Leningradi_Edasi_toimetus, lk 119
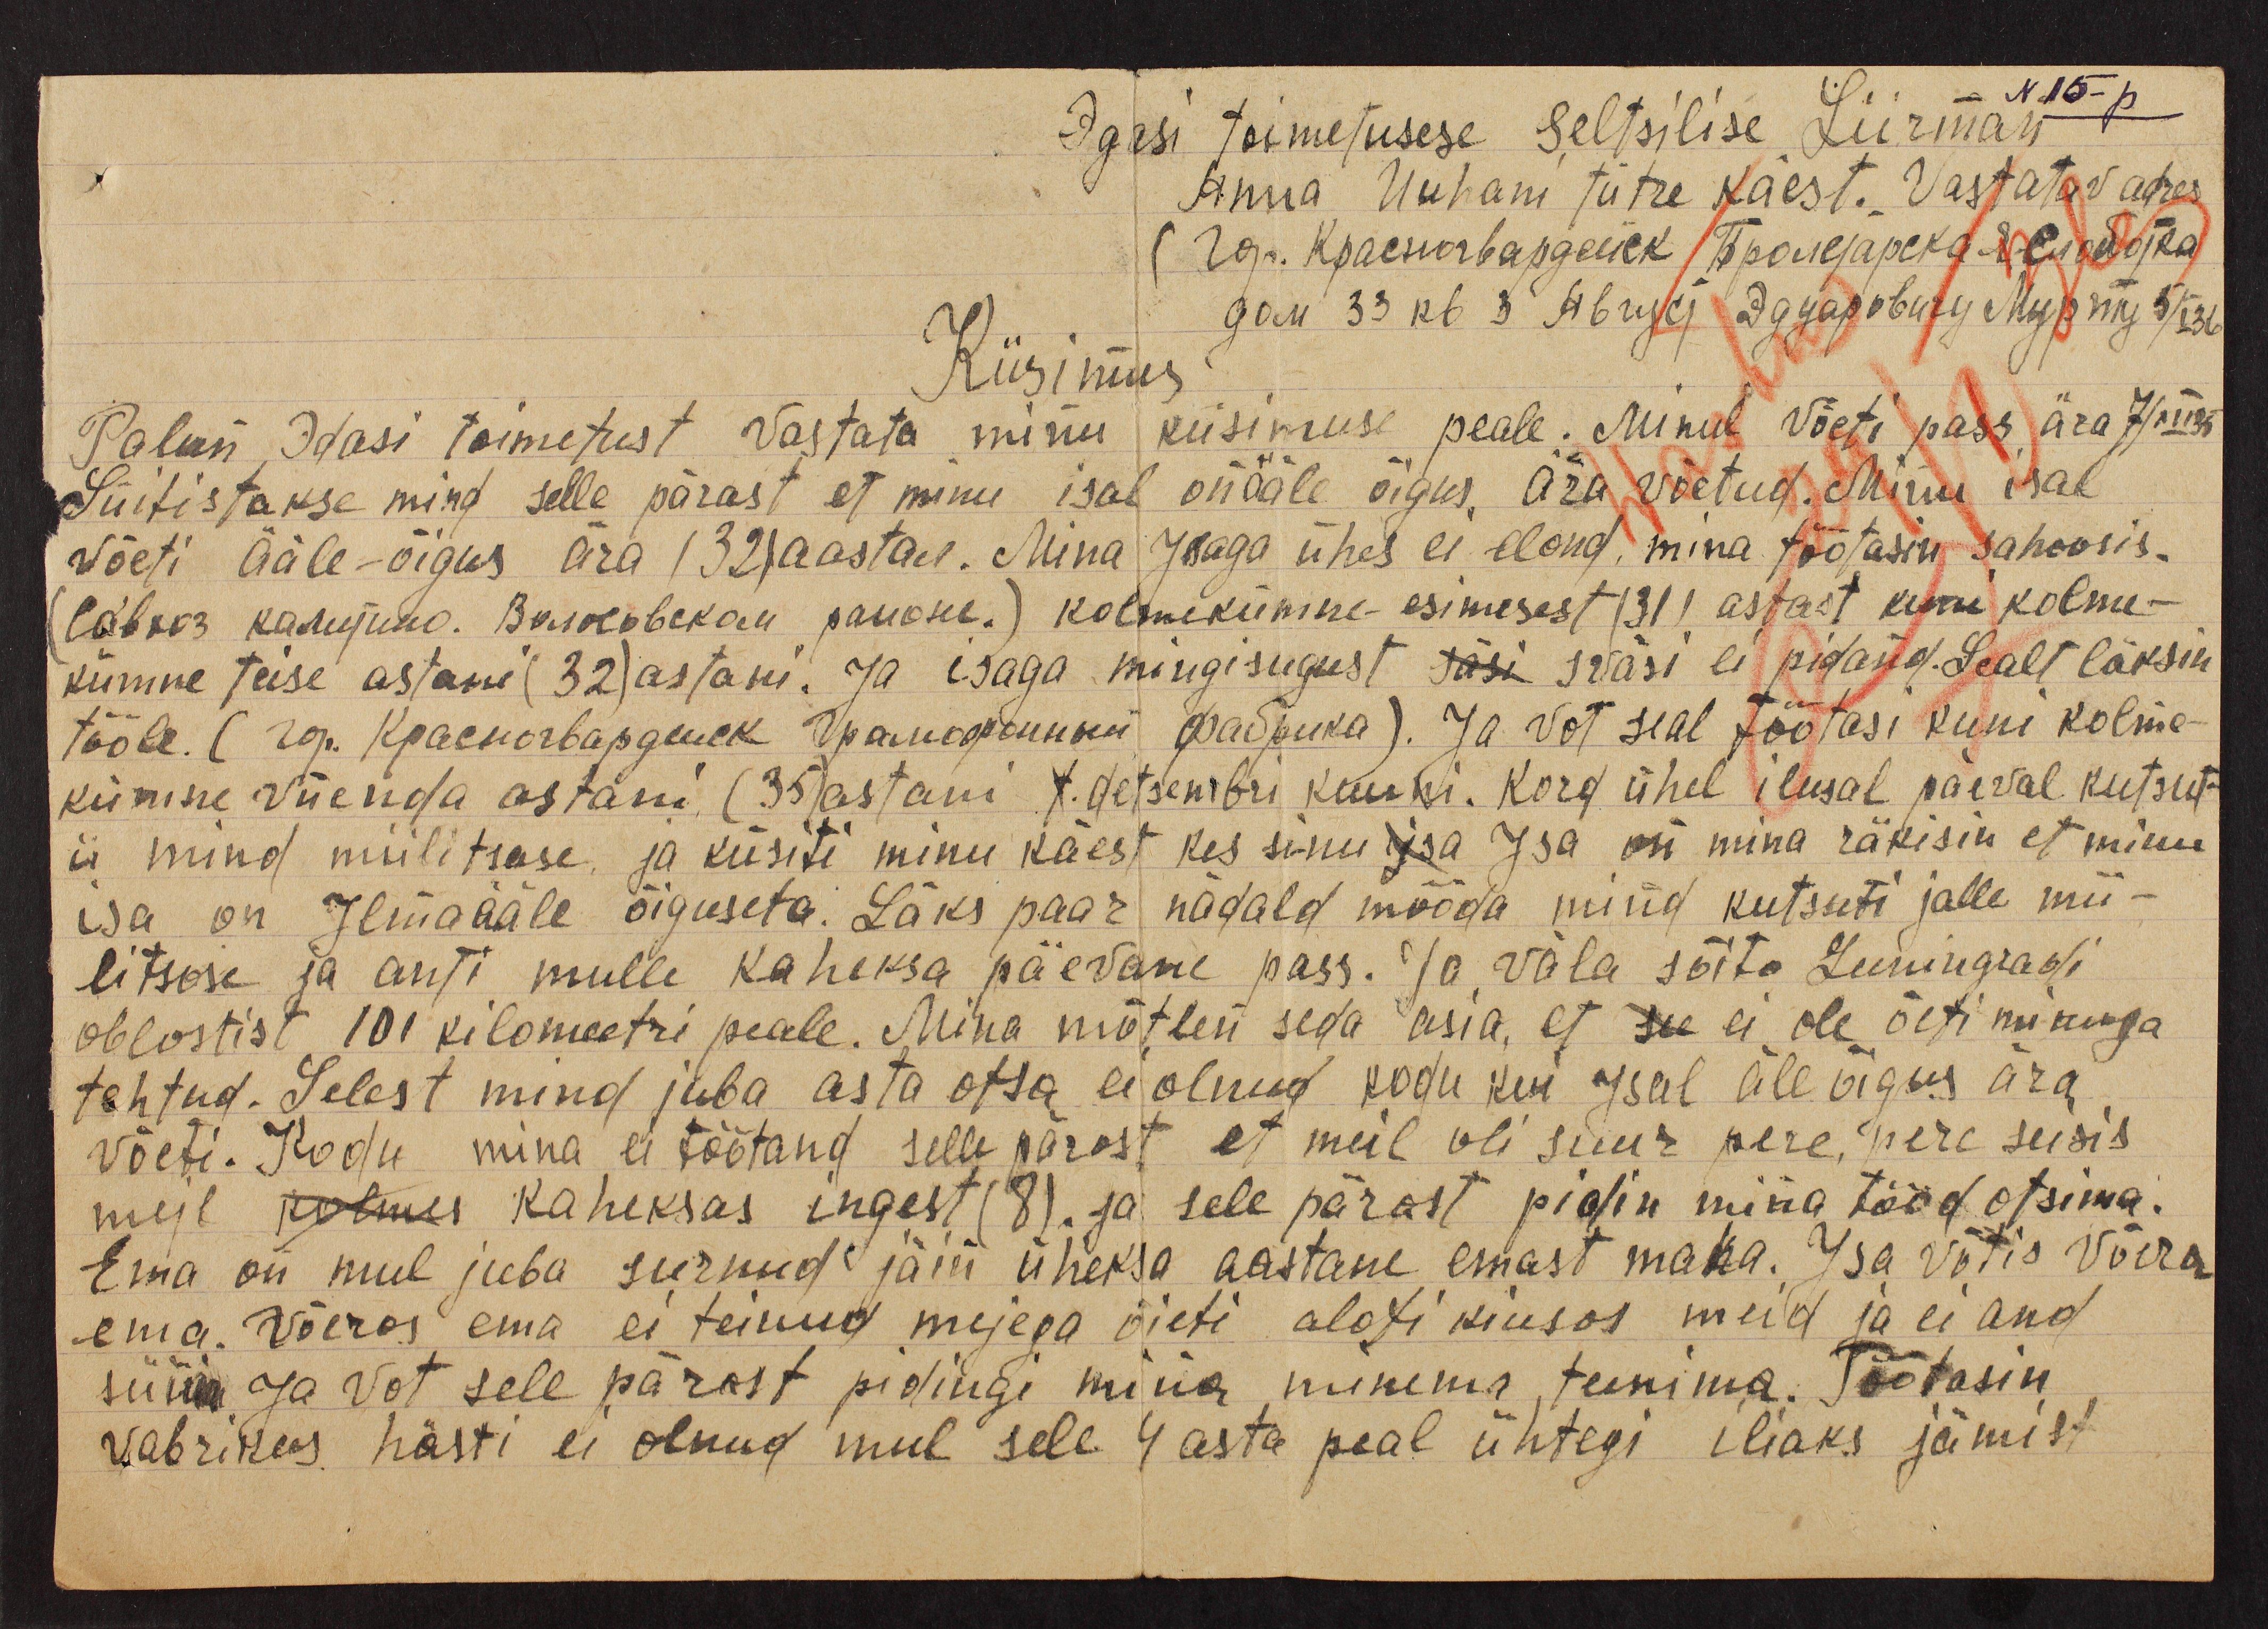
Edasi toimetusese seltsilise Liirman
- N 15-p.
Anna Uuhani tütre käest. Vastatav adres
Küsimus
Palun, Edasi toimetust vastata minu küsimuse peale. Minul võeti pass ära 7/XI 35
Süitistakse mind selle pärast et minu isal on ääle õigus. ära võetud. Minu isal
wõeti ääle-õigus ära (32) aastal. Mina Isaga ühes ei olnud, mina töötasin sahoosis.
(rahva kasujuna. Вековекай панонъ.) kolmekümne-esimesest (31) astast kuni kolme-
kümne teise astani (32) astani. Ja isaga mingisugust Jüsi iväsi ei pidanud. Sealt läksin
tööle. (ra kaaekordapanek Jaanuaruumi Madsuha). Ja vot seal töötasi kuni kolme-
kümne viienda astani (35) astani K. detsembri kuuni. Kord ühel ilusal päeval kutsut-
ii mind miilitsase, ja küsiti minu käest kes sinu isa Isa on mina räkisin et minu
isa on Ilma ääle õiguseta. Läks paar nädald mõõda mind kutsuti jälle mii-
litsase ja anti mulle kaheksa päevane pass. Ja väla sõita Leeningradi
oblastist 101 kilomeetri peale. Mina mõtlen seda asia, et see ei ole õeti minuga
tehtud. Selest mind juba asta otsa ei olnud kodu kui Isal äle õigus ära
võeti. Kodu mina ei töötand selle pärast, et meil oli suur pere, seisis
meil kolmes kaheksas ingest (8). ja sele pärast pidin ning tööd otsima.
Ema on mul juba surnud jäin üheksa aastane emast maha. Isa võtis võera
ema. Võeras ema ei teinud meiega õieti alati kiusas meid ja ei and
süüa. Ja vot selle pärast pidingi mina minema, teenima. Töötasin,
wabrikus hästi ei olnud mul sele 4 asta peal ühtegi iliaks jämist